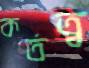
কর্তত্ব